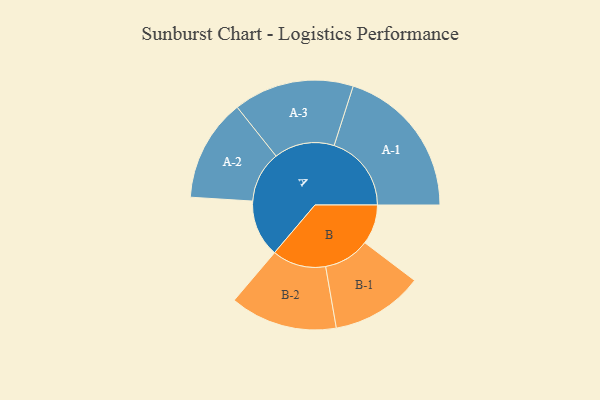
{"axis": {"x": "Segment", "y": "Value"}, "legend": ["", "A", "B"], "data": [{"x": "A", "y": 208, "type": ""}, {"x": "B", "y": 145, "type": ""}, {"x": "A-1", "y": 282, "type": "A"}, {"x": "A-2", "y": 187, "type": "A"}, {"x": "A-3", "y": 220, "type": "A"}, {"x": "B-1", "y": 168, "type": "B"}, {"x": "B-2", "y": 196, "type": "B"}]}